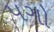
પગો